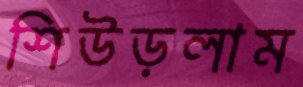
শিউড়লাম